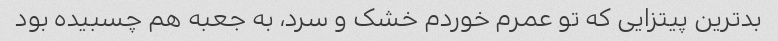
بدترین پیتزایی که تو عمرم خوردم خشک و سرد، به جعبه هم چسبیده بود